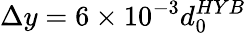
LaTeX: \Delta y=6\times 10^{-3}d_{0}^{HYB}